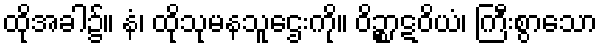
ထိုအခါ၌။ နံ၊ ထိုသုမနသူဌေးကို။ ဝိဉ္စာဋဝိယံ၊ ကြီးစွာသော